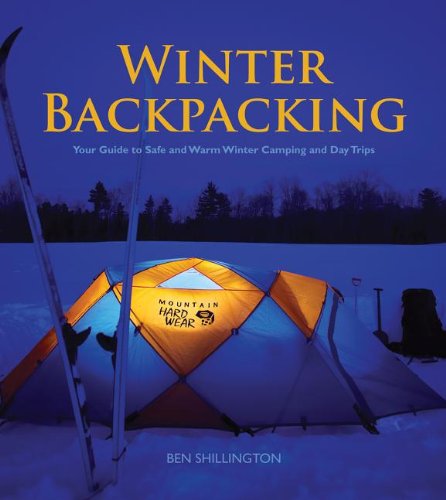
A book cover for Winter Backpacking: Your Guide to Safe and Warm Winter Camping and Day Trips; Ben Shillington; Sports & Outdoors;